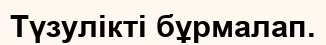
Түзулікті бұрмалап.